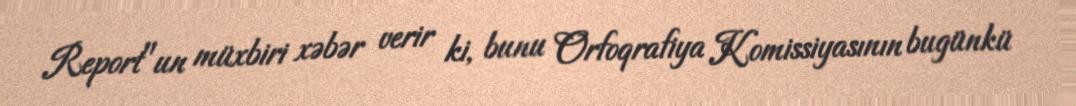
Report"un müxbiri xəbər verir ki, bunu Orfoqrafiya Komissiyasının bugünkü